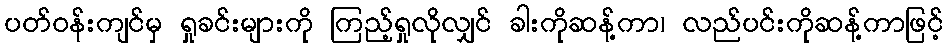
ပတ်ဝန်းကျင်မှ ရှုခင်းများကို ကြည့်ရှုလိုလျှင် ခါးကိုဆန့်ကာ၊ လည်ပင်းကိုဆန့်ကာဖြင့်